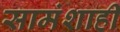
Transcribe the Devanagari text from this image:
सामंशाही